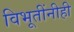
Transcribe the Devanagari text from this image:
विभूतींनीही